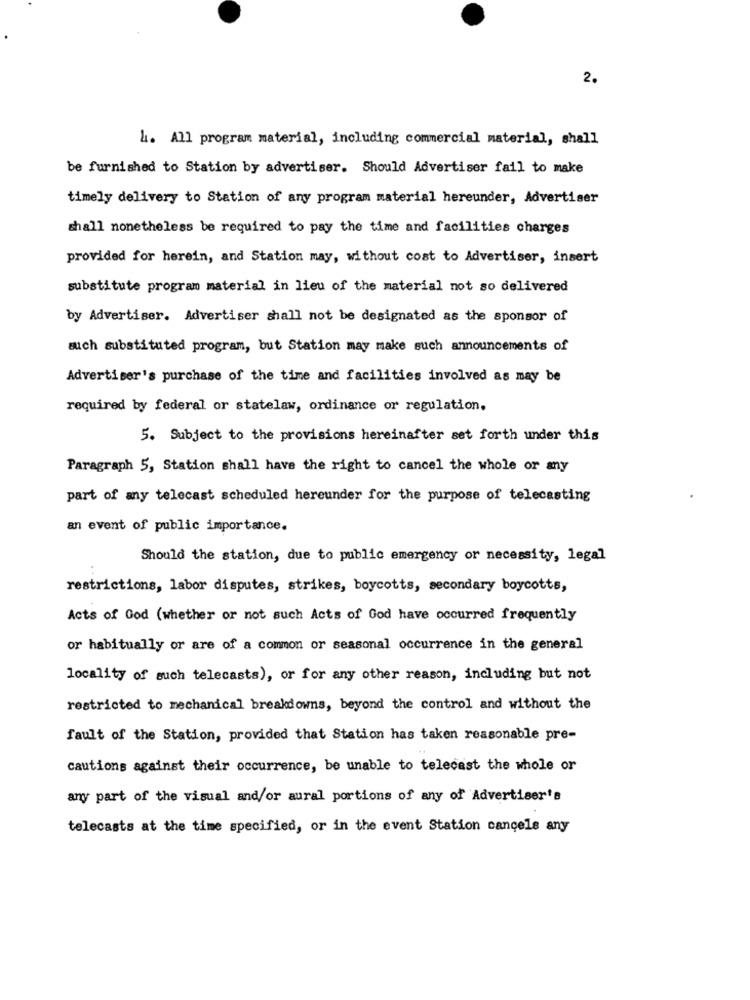
2.
4. All program material, including commercial material, shall
be furnished to Station by advertiser. Should Advertiser fail to make
timely delivery to Station of any program material hereunder, Advertiser
shall nonetheless be required to pay the time and facilities charges
provided for herein, and Station may, without cost to Advertiser, insert
substitute program material in lieu of the material not so delivered
by Advertiser. Advertiser shall not be designated as the sponsor of
auch substituted program, but Station may make such announcements of
Advertiser's purchase of the time and facilities involved as may be
required by federal or statelaw, ordinance or regulation.
5. Subject to the provisions hereinafter set forth under this
Paragraph 5, Station shall have the right to cancel the whole or any
part of any telecast scheduled hereunder for the purpose of telecasting
an event of public importance.
Should the station, due to public emergency or necessity, legal
restrictions, labor disputes, strikes, boycotts, secondary boycotts,
Acts of God (whether or not such Acts of God have occurred frequently
or habitually or are of a common or seasonal occurrence in the general
locality of such telecasts), or for any other reason, including but not
restricted to mechanical breakdowns, beyond the control and without the
fault of the Station, provided that Station has taken reasonable pre-
cautions against their occurrence, be unable to telecast the whole or
any part of the visual and/or aural portions of any of Advertiser's
telecasts at the time specified, or in the event Station cancels any